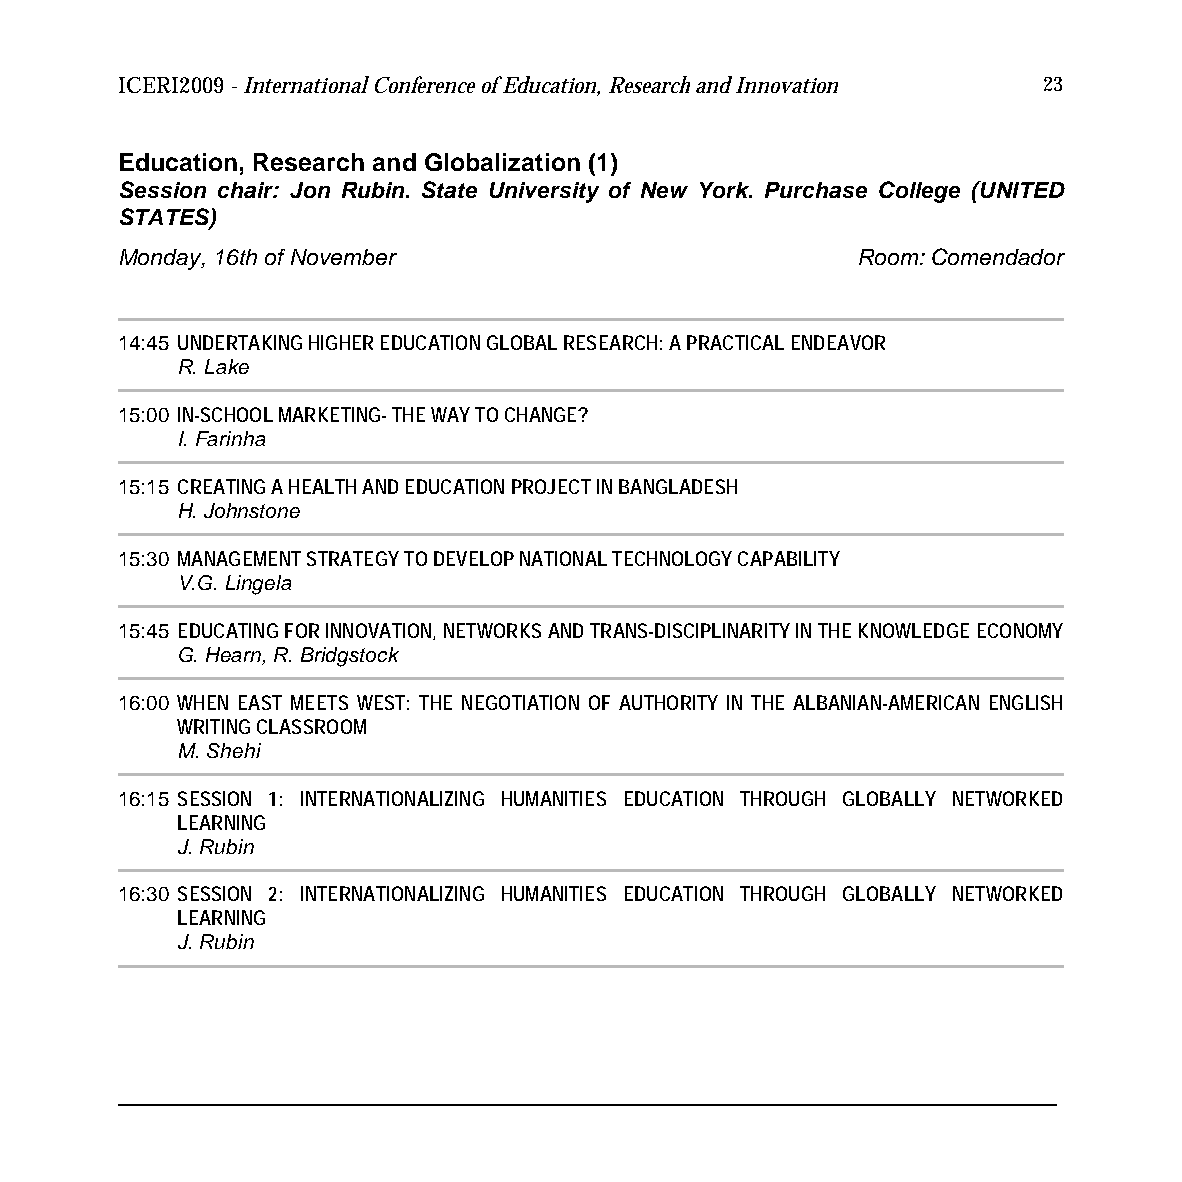
ICERI2009 - International Conference of Education, Research and Innovation 23
 Education, Research and Globalization (1)
 Session chair: Jon Rubin. State University of New York. Purchase College (UNITED
 STATES)
 Monday, 16th of November                         Room: Comendador
 14:45 UNDERTAKING HIGHER EDUCATION GLOBAL RESEARCH: A PRACTICAL ENDEAVOR
 R. Lake
 15:00 IN-SCHOOL MARKETING- THE WAY TO CHANGE?
 I. Farinha
 15:15 CREATING A HEALTH AND EDUCATION PROJECT IN BANGLADESH
 H. Johnstone
 15:30 MANAGEMENT STRATEGY TO DEVELOP NATIONAL TECHNOLOGY CAPABILITY
 V.G. Lingela
 15:45 EDUCATING FOR INNOVATION, NETWORKS AND TRANS-DISCIPLINARITY IN THE KNOWLEDGE ECONOMY
 G. Hearn, R. Bridgstock
 16:00 WHEN EAST MEETS WEST: THE NEGOTIATION OF AUTHORITY IN THE ALBANIAN-AMERICAN ENGLISH
 WRITING CLASSROOM
 M. Shehi
 16:15 SESSION 1: INTERNATIONALIZING HUMANITIES EDUCATION THROUGH GLOBALLY NETWORKED
 LEARNING
 J. Rubin
 16:30 SESSION 2: INTERNATIONALIZING HUMANITIES EDUCATION THROUGH GLOBALLY NETWORKED
 LEARNING
 J. Rubin